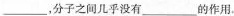
___,分子之间几乎没有___的作用。